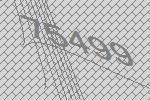
75499